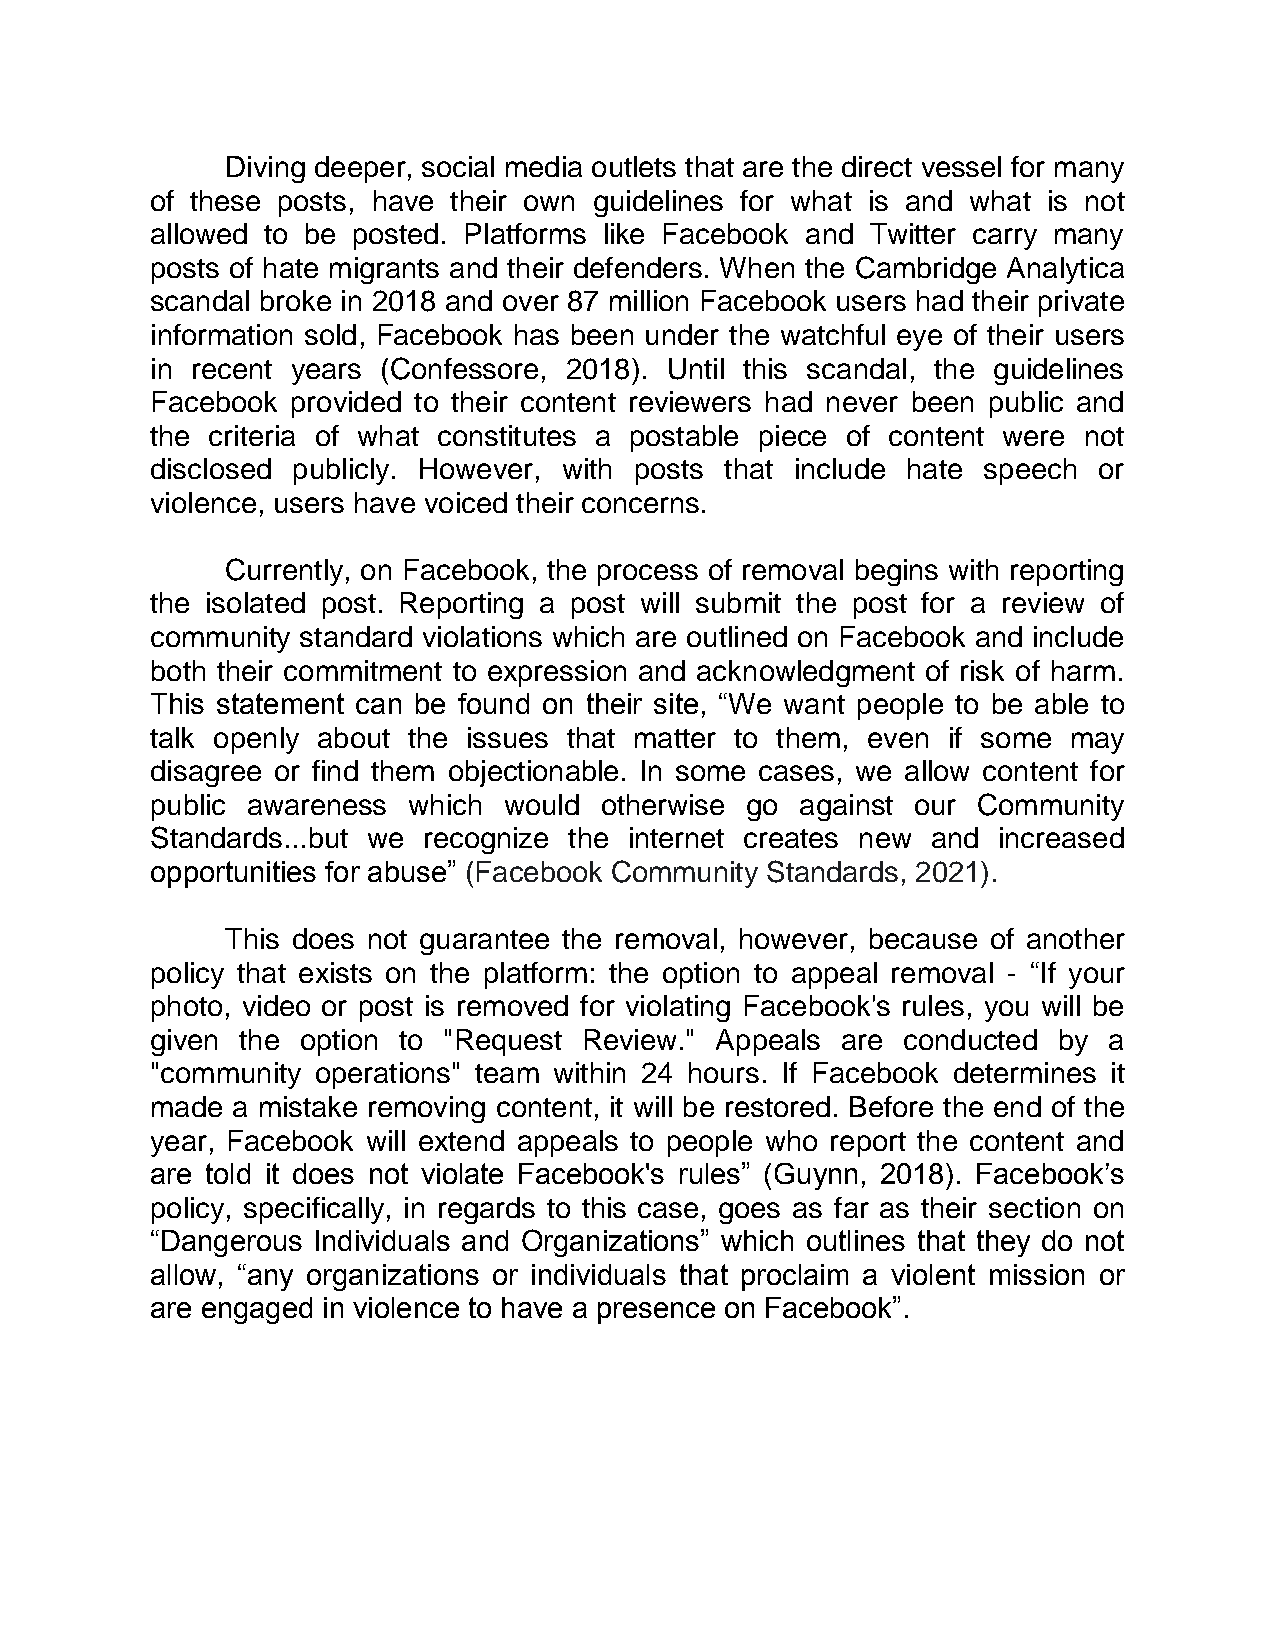
Diving deeper, social media outlets that are the direct vessel for many
 of these posts, have their own guidelines for what is and what is not
 allowed to be posted. Platforms like Facebook and Twitter carry many
 posts of hate migrants and their defenders. When the Cambridge Analytica
 scandal broke in 2018 and over 87 million Facebook users had their private
 information sold, Facebook has been under the watchful eye of their users
 in recent years (Confessore, 2018). Until this scandal, the guidelines
 Facebook provided to their content reviewers had never been public and
 the criteria of what constitutes a postable piece of content were not
 disclosed publicly. However, with posts that include hate speech or
 violence, users have voiced their concerns.
 Currently, on Facebook, the process of removal begins with reporting
 the isolated post. Reporting a post will submit the post for a review of
 community standard violations which are outlined on Facebook and include
 both their commitment to expression and acknowledgment of risk of harm.
 This statement can be found on their site, “We want people to be able to
 talk openly about the issues that matter to them, even if some may
 disagree or find them objectionable. In some cases, we allow content for
 public awareness which would  otherwise go against our Community
 Standards...but we recognize the internet creates new and increased
 opportunities for abuse” (Facebook Community Standards, 2021).
 This does not guarantee the removal, however, because of another
 policy that exists on the platform: the option to appeal removal - “If your
 photo, video or post is removed for violating Facebook's rules, you will be
 given the option to "Request Review." Appeals are conducted by a
 "community operations" team within 24 hours. If Facebook determines it
 made a mistake removing content, it will be restored. Before the end of the
 year, Facebook will extend appeals to people who report the content and
 are told it does not violate Facebook's rules” (Guynn, 2018). Facebook’s
 policy, specifically, in regards to this case, goes as far as their section on
 “Dangerous Individuals and Organizations” which outlines that they do not
 allow, “any organizations or individuals that proclaim a violent mission or
 are engaged in violence to have a presence on Facebook”.